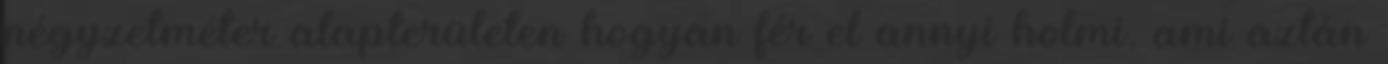
négyzetméter alapterületen hogyan fér el annyi holmi, ami aztán